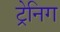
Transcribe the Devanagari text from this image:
ट्रेनिग